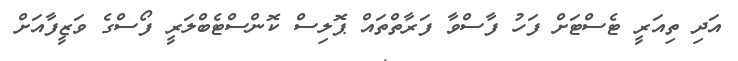
އަދި ތިއަރީ ޓެސްޓަށް ފަހު ފާސްވާ ފަރާތްތައް ޕޮލިސް ކޮންސްޓެބްލަރީ ފޯސްގެ ވަޒީފާއަށް